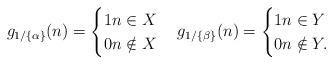
LaTeX: \begin{align*}g_{1/\{\alpha\}}(n) = \begin{cases}1 n \in X\\0 n \notin X\end{cases} g_{1/\{\beta\}}(n) = \begin{cases}1 n \in Y\\0 n \notin Y.\end{cases}\end{align*}